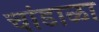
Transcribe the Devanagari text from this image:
चांडाळा